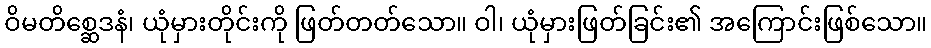
ဝိမတိစ္ဆေဒနံ၊ ယုံမှားတိုင်းကို ဖြတ်တတ်သော။ ဝါ၊ ယုံမှားဖြတ်ခြင်း၏ အကြောင်းဖြစ်သော။